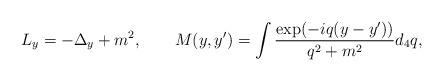
LaTeX: \begin{align*}L_y =-\Delta_y+m^2,\qquad M(y,y')=\int\frac{\exp(-iq(y-y'))}{q^2+m^2}d_4q,\end{align*}